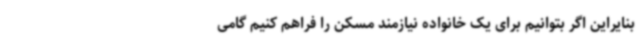
بنایراین اگر بتوانیم برای یک خانواده نیازمند مسکن را فراهم کنیم گامی